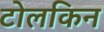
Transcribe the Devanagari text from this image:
टोलकिन